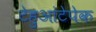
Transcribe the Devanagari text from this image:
टेहुआंटेपेक